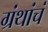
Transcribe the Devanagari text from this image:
ग्रंथांचं